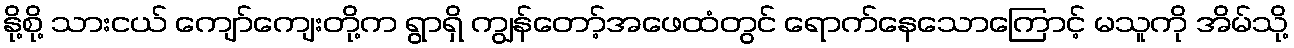
နို့စို့ သားငယ် ကျော်ကျေးတို့က ရွာရှိ ကျွန်တော့်အဖေထံတွင် ရောက်နေသောကြောင့် မသူကို အိမ်သို့